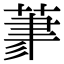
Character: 𦳳